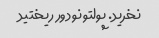
نخرید. پولتونو دور ریختید